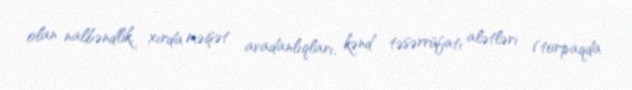
olan nalbəndlik, xırda məişət avadanlıqları, kənd təsərrüfatı alətləri (torpaqda